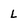
Character: L